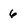
Character: 6